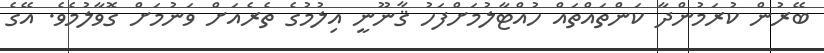
ބޭރުން ކުރަމުންދާ ކަންތައްތައް ހުއްޓާލުމަށްފަހު ޤާނޫނީ އިލުމުގެ ތެރެއަށް ވަނުމަށް ގޮވާލުމެވެ. އޭގެ